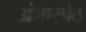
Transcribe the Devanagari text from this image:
अंजारपेठ